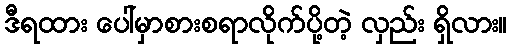
ဒီရထား ပေါ်မှာစားစရာလိုက်ပို့တဲ့ လှည်း ရှိလား။